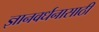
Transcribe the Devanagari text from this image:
ज्ञानवर्धनासाठी